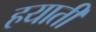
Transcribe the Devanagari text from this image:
हयाती